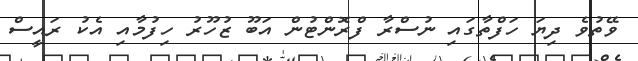
ވޭތުވެ ދިޔަ ހަފްތާގައި ނުސްރާ ފްރޮންޓުން އަބޫ ޒުހޫރު ހިފުމާއި އެކު ރައީސް